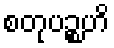
စတုပဉ္စဟိ